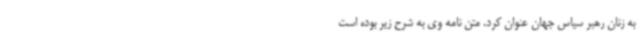
به زنان رهبر سیاس جهان عنوان کرد. متن نامه وی به شرح زیر بوده است